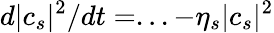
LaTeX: d|c_{s}|^{2}/dt=...-\eta_{s}|c_{s}|^{2}